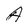
Character: A